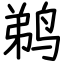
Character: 鹈